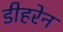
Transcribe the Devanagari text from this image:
डीहरेन